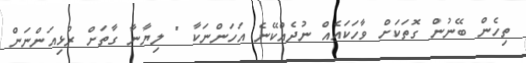
ތިހެން ބޭނުން ގޮތަކަށް ވާހަކައެއް ނުދެއްކޭނެ އަހަންނަކާ " ލިޔާނާ ގާތަށް ރުޅިއަންނަން